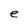
Character: e